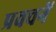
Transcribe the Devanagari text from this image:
प्रवचनें